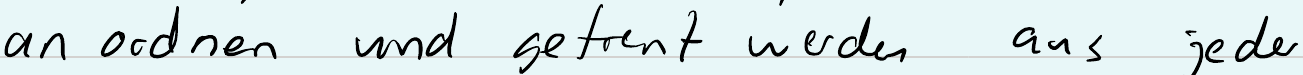
anordnen und getrennt werden aus jeder